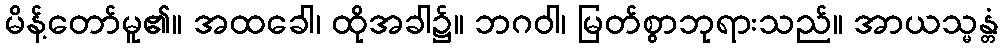
မိန့်တော်မူ၏။ အထခေါ၊ ထိုအခါ၌။ ဘဂဝါ၊ မြတ်စွာဘုရားသည်။ အာယသ္မန္တံ